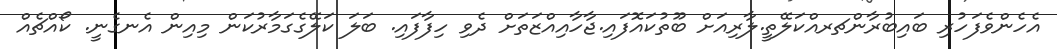
އެހެންވެފަހުރި ބައިބުރާންޗރއްކަލޭތީ.ލާރިއަށް ބޫތުކައޮފައި.ޖާހާއިއްޒަތަށް ދެވި ހިފާފައި. ބަލަ ކަލޭގެގަމާރުކަން މިއިން އެނގެނީ. ކޯއްޗެއް